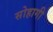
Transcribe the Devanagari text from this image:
सोहागी